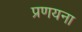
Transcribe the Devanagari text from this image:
प्रणयना